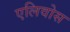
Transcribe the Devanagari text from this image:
एलिवोस